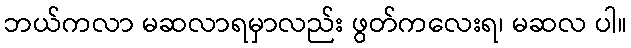
ဘယ်ကလာ မဆလာရမှာလည်း ဖွတ်ကလေးရ၊ မဆလ ပါ။